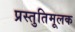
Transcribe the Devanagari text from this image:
प्रस्तुतिमूलक